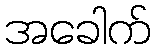
အခေါက်